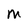
Character: M